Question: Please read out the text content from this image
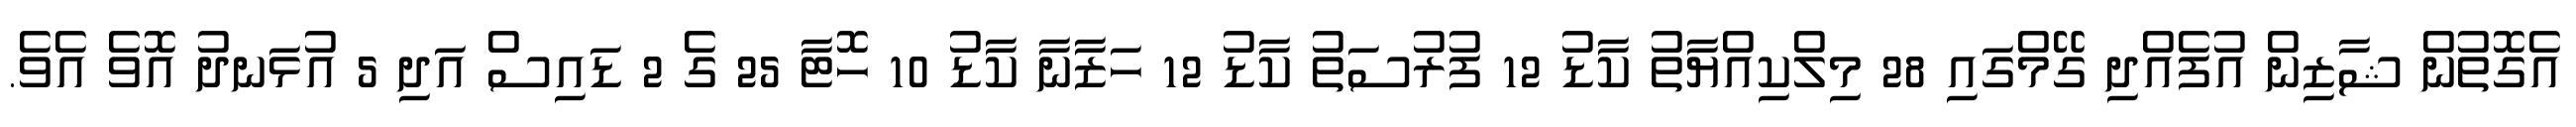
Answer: އެގޮތުން ޝާޒިން އުފެއްދި ގޭމްގައި 28 މިލްކިއްޔާތު ކާޑު 12 ފުރުސަތު ކާޑު 12 ހަޒާނާ ކާޑު 10 ހޮޓާ 25 ގެ 2 ޑައިސް އަދި 5 އުޅަނދު އޮވެ އެވެ.